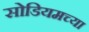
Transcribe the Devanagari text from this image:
सोडियमच्या